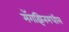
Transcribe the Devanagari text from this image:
मॅगझिनमधील